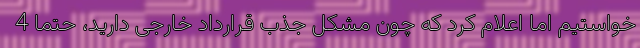
خواستیم اما اعلام کرد که چون مشکل جذب قرارداد خارجی دارید، حتما 4